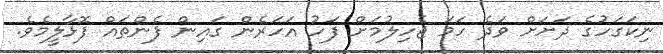
ނިކަަގަހުގެ ދަށަށް ވަދެ ހަމަ ޖެހިލުމަށް ފަހު އަހަރެން ގައިން ފެންތައް ފޮޅާލީމެވެ.